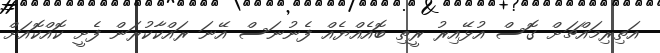
އަތިރިމައްޗަށް ގޮސް އުޅޭއިރު ރީތި ބޮއެއްޔެއް ފެނުނަސް އޭނަ ރައްކާކުރަން ފެށީ ކޮއްކޮއަށް